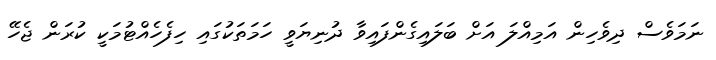
ނަމަވެސް ދިވެހިން އަމިއްލަ އަށް ބަލައިގެންފައިވާ ދުނިޔަވީ ހަމަތަކުގައި ހިފެހެއްޓުމަކީ ކުރަން ޖެހޭ